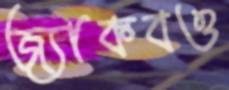
জ্যাকবও